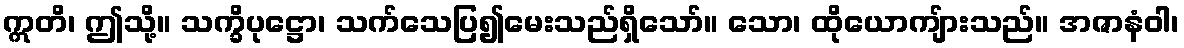
ဣတိ၊ ဤသို့။ သက္ခိပုဋ္ဌော၊ သက်သေပြ၍မေးသည်ရှိသော်။ သော၊ ထိုယောကျ်ားသည်။ အဇာနံဝါ၊